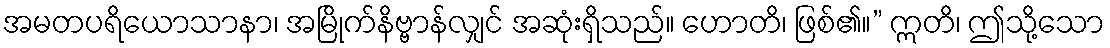
အမတပရိယောသာနာ၊ အမြိုက်နိဗ္ဗာန်လျှင် အဆုံးရှိသည်။ ဟောတိ၊ ဖြစ်၏။” ဣတိ၊ ဤသို့သော